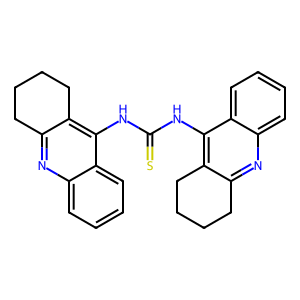
SMILES: S=C(Nc1c2c(nc3ccccc13)CCCC2)Nc1c2c(nc3ccccc13)CCCC2
Inhibits HIV replication: No